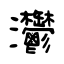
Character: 灪